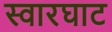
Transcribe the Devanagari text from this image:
स्‍वारघाट